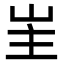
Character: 𭖒